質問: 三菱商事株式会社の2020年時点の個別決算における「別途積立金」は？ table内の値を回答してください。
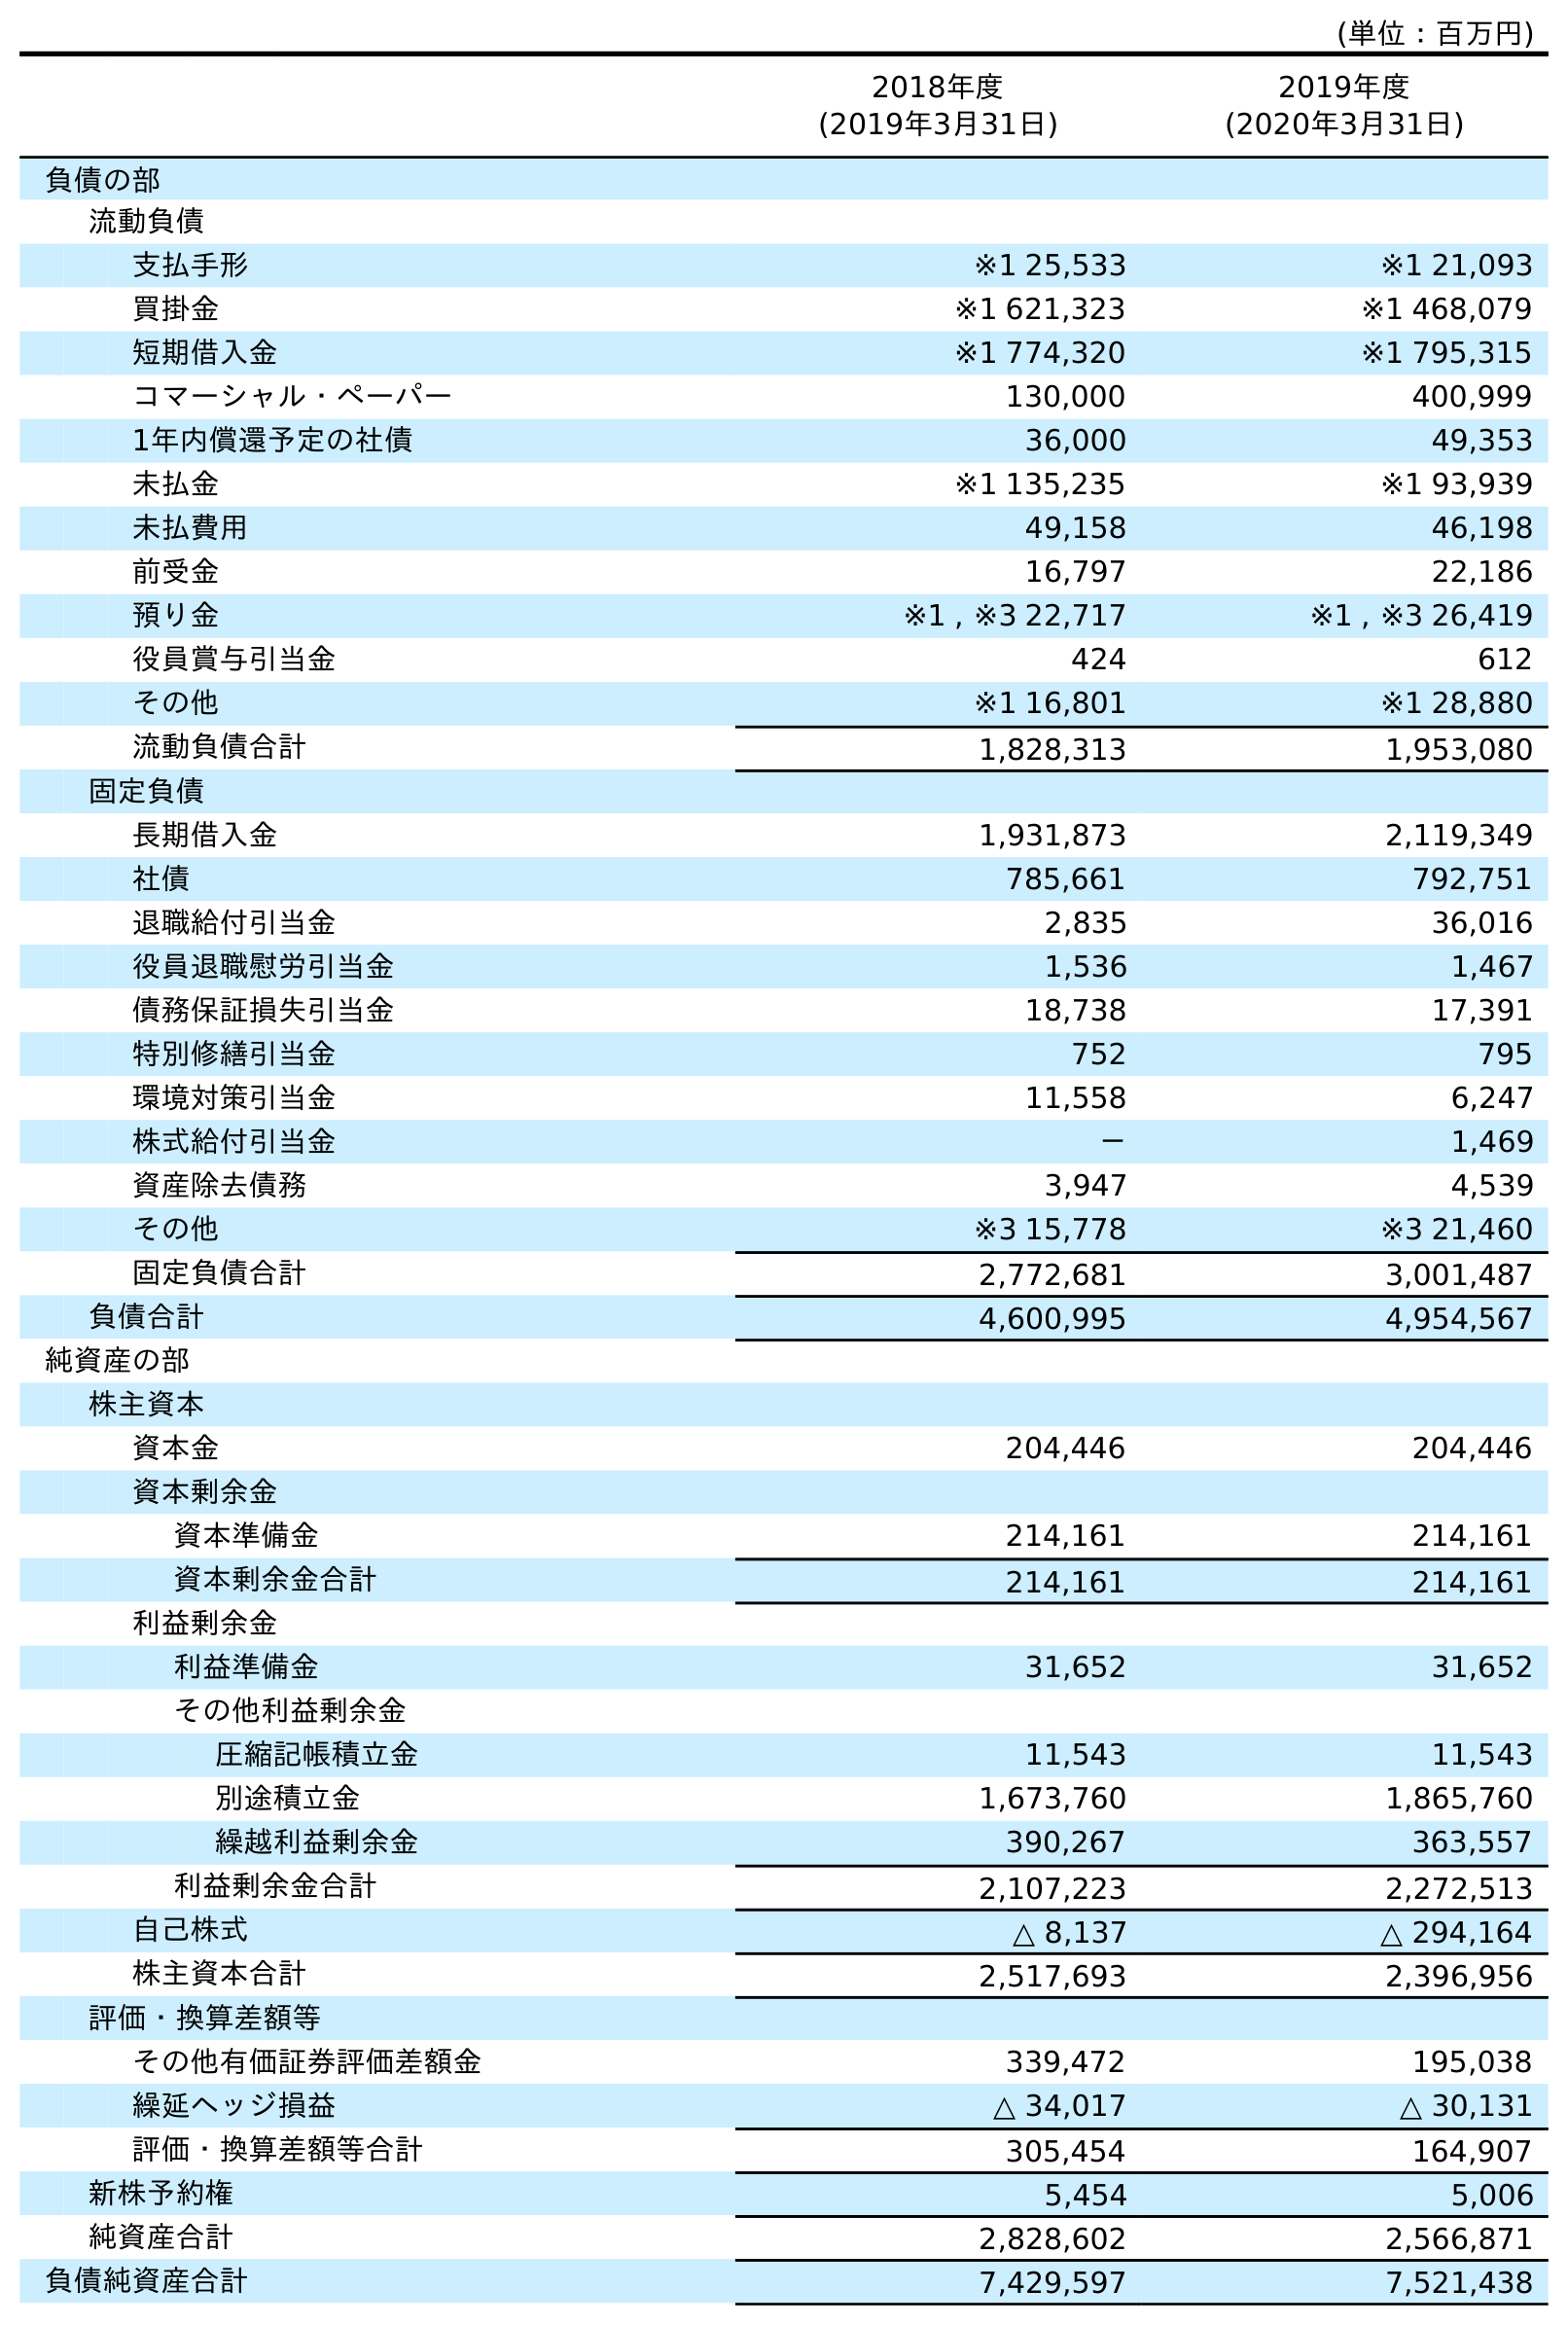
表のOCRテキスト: (単位：百万円) 2018年度 (2019年3月31日) 2019年度 (2020年3月31日) 負債の部 流動負債 支払手形 ※1 25,533 ※1 21,093 買掛金 ※1 621,323 ※1 468,079 短期借入金 ※1 774,320 ※1 795,315 コマーシャル・ペーパー 130,000 400,999 1年内償還予定の社債 36,000 49,353 未払金 ※1 135,235 ※1 93,939 未払費用 49,158 46,198 前受金 16,797 22,186 預り金 ※1 , ※3 22,717 ※1 , ※3 26,419 役員賞与引当金 424 612 その他 ※1 16,801 ※1 28,880 流動負債合計 1,828,313 1,953,080 固定負債 長期借入金 1,931,873 2,119,349 社債 785,661 792,751 退職給付引当金 2,835 36,016 役員退職慰労引当金 1,536 1,467 債務保証損失引当金 18,738 17,391 特別修繕引当金 752 795 環境対策引当金 11,558 6,247 株式給付引当金 － 1,469 資産除去債務 3,947 4,539 その他 ※3 15,778 ※3 21,460 固定負債合計 2,772,681 3,001,487 負債合計 4,600,995 4,954,567 純資産の部 株主資本 資本金 204,446 204,446 資本剰余金 資本準備金 214,161 214,161 資本剰余金合計 214,161 214,161 利益剰余金 利益準備金 31,652 31,652 その他利益剰余金 圧縮記帳積立金 11,543 11,543 別途積立金 1,673,760 1,865,760 繰越利益剰余金 390,267 363,557 利益剰余金合計 2,107,223 2,272,513 自己株式 △ 8,137 △ 294,164 株主資本合計 2,517,693 2,396,956 評価・換算差額等 その他有価証券評価差額金 339,472 195,038 繰延ヘッジ損益 △ 34,017 △ 30,131 評価・換算差額等合計 305,454 164,907 新株予約権 5,454 5,006 純資産合計 2,828,602 2,566,871 負債純資産合計 7,429,597 7,521,438
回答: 1,865,760